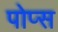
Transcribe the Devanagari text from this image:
पोप्स